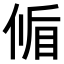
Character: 𬾱